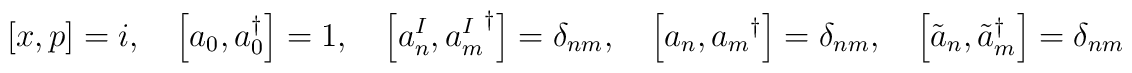
\left[ x, p \right] = i, \quad\left[ a_0, a_0^\dagger \right] = 1, \quad\left[ a^I_n, {a^I_m}^\dagger \right] = \delta_{nm}, \quad\left[ a_n, {a_m}^\dagger \right] = \delta_{nm}, \quad\left[ \tilde{a}_n, {\tilde{a}_m}^\dagger \right] = \delta_{nm}